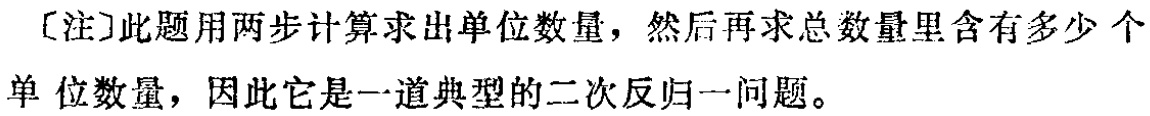
[注]此题用两步计算求出单位数量，然后再求总数量里含有多少个单位数量，因此它是一道典型的二次反归一问题。